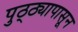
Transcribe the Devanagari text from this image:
पुठ्ठ्यापासून